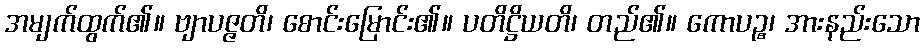
အမျက်ထွက်၏။ ဗျာပဇ္ဇတိ၊ စောင်းမြောင်း၏။ ပတိဋ္ဌိယတိ၊ တည်၏။ ကောပဉ္စ၊ အားနည်းသော